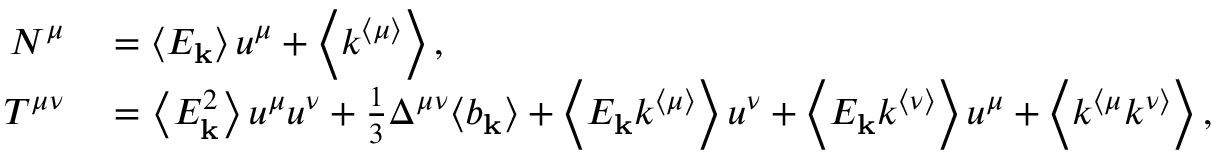
\begin{array} { r l } { N ^ { \mu } } & { { } = \left\langle E _ { \mathbf { k } } \right\rangle u ^ { \mu } + \left\langle k ^ { \langle \mu \rangle } \right\rangle , } \\ { T ^ { \mu \nu } } & { { } = \left\langle E _ { \mathbf { k } } ^ { 2 } \right\rangle u ^ { \mu } u ^ { \nu } + \frac { 1 } { 3 } \Delta ^ { \mu \nu } \langle b _ { \mathbf { k } } \rangle + \left\langle E _ { \mathbf { k } } k ^ { \langle \mu \rangle } \right\rangle u ^ { \nu } + \left\langle E _ { \mathbf { k } } k ^ { \langle \nu \rangle } \right\rangle u ^ { \mu } + \left\langle k ^ { \langle \mu } k ^ { \nu \rangle } \right\rangle , } \end{array}